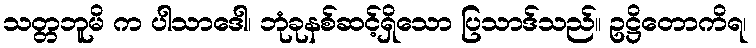
သတ္တဘူမိ က ပါသာဒေါ၊ ဘုံခုနစ်ဆင့်ရှိသော ပြသာဒ်သည်။ ဥဋ္ဌိတောကိရ၊